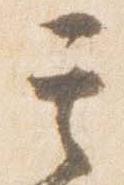
其